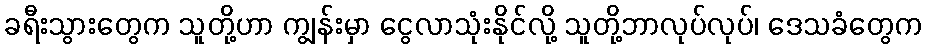
ခရီးသွားတွေက သူတို့ဟာ ကျွန်းမှာ ငွေလာသုံးနိုင်လို့ သူတို့ဘာလုပ်လုပ်၊ ဒေသခံတွေက